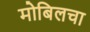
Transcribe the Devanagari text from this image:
मोबिलचा